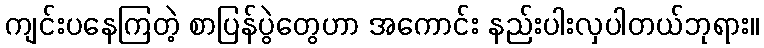
ကျင်းပနေကြတဲ့ စာပြန်ပွဲတွေဟာ အကောင်း နည်းပါးလှပါတယ်ဘုရား။